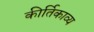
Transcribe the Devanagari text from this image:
कीर्तिकाव्य